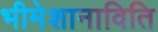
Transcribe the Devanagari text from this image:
भीमेशानाविति